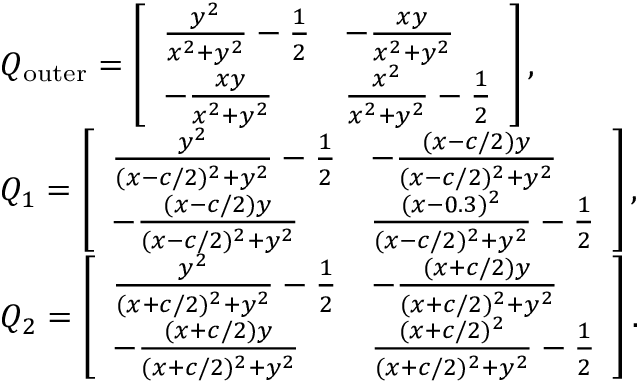
\begin{array} { r l } & { Q _ { \mathrm { o u t e r } } = \left[ \begin{array} { l l } { \frac { y ^ { 2 } } { x ^ { 2 } + y ^ { 2 } } - \frac { 1 } { 2 } } & { - \frac { x y } { x ^ { 2 } + y ^ { 2 } } } \\ { - \frac { x y } { x ^ { 2 } + y ^ { 2 } } } & { \frac { x ^ { 2 } } { x ^ { 2 } + y ^ { 2 } } - \frac { 1 } { 2 } } \end{array} \right] , } \\ & { Q _ { 1 } = \left[ \begin{array} { l l } { \frac { y ^ { 2 } } { ( x - c / 2 ) ^ { 2 } + y ^ { 2 } } - \frac { 1 } { 2 } } & { - \frac { ( x - c / 2 ) y } { ( x - c / 2 ) ^ { 2 } + y ^ { 2 } } } \\ { - \frac { ( x - c / 2 ) y } { ( x - c / 2 ) ^ { 2 } + y ^ { 2 } } } & { \frac { ( x - 0 . 3 ) ^ { 2 } } { ( x - c / 2 ) ^ { 2 } + y ^ { 2 } } - \frac { 1 } { 2 } } \end{array} \right] , } \\ & { Q _ { 2 } = \left[ \begin{array} { l l } { \frac { y ^ { 2 } } { ( x + c / 2 ) ^ { 2 } + y ^ { 2 } } - \frac { 1 } { 2 } } & { - \frac { ( x + c / 2 ) y } { ( x + c / 2 ) ^ { 2 } + y ^ { 2 } } } \\ { - \frac { ( x + c / 2 ) y } { ( x + c / 2 ) ^ { 2 } + y ^ { 2 } } } & { \frac { ( x + c / 2 ) ^ { 2 } } { ( x + c / 2 ) ^ { 2 } + y ^ { 2 } } - \frac { 1 } { 2 } } \end{array} \right] . } \end{array}